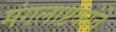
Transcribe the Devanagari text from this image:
मंगलाष्टकांचे